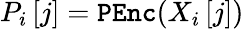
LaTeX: P_{i}\left[j\right]=\mathtt{PEnc}(X_{i}\left[j\right])